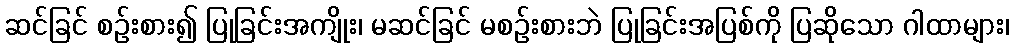
ဆင်ခြင် စဉ်းစား၍ ပြုခြင်းအကျိုး၊ မဆင်ခြင် မစဉ်းစားဘဲ ပြုခြင်းအပြစ်ကို ပြဆိုသော ဂါထာများ၊